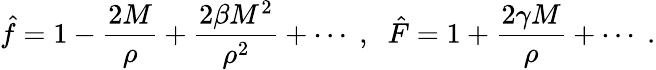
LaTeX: \hat{f}=1-\frac{2M}{\rho}+\frac{2\beta M^{2}}{\rho^{2}}+\cdots\; ,\; \; \hat{F}=1+\frac{2\gamma M}{\rho}+\cdots\; .